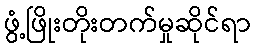
ဖွံ့ဖြိုးတိုးတက်မှုဆိုင်ရာ